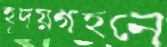
হৃদয়গহনে